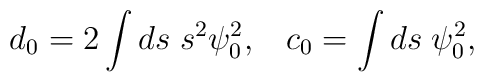
d_0 = 2 \int ds \; s^2 \psi_0^2,\;\;\;   c_0 = \int ds \;  \psi^2_0,